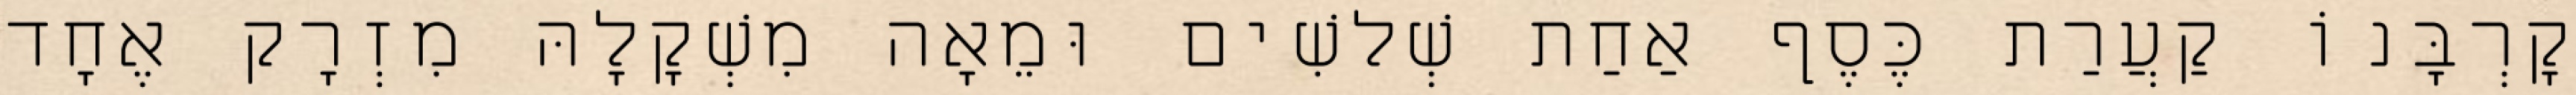
קָרְבָּנוֹ קַעֲרַת כֶּסֶף אַחַת שְׁלשִׁים וּמֵאָה מִשְׁקָלָהּ מִזְרָק אֶחָד